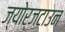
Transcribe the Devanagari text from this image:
ज्योर्जटाउन